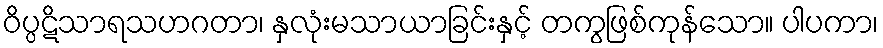
ဝိပ္ပဋိသာရသဟဂတာ၊ နှလုံးမသာယာခြင်းနှင့် တကွဖြစ်ကုန်သော။ ပါပကာ၊